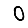
Digit: 0